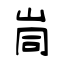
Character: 峝